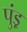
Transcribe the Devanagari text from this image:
पुंड़्र